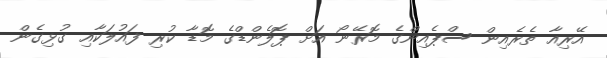
އޭރިއާ ތެރެއިން ސްޕެއިންގެ މޮރޭނޯ އަށް ޕޮލެންޑްގެ މޮޑާ ކުރި ފައުލަކާއި ގުޅިގެން